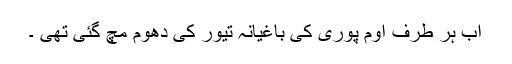
اب ہر طرف اوم پوری کی باغیانہ تیور کی دھوم مچ گئی تھی ۔